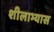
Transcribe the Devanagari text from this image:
शीलाभ्यास